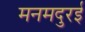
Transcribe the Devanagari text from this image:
मनमदुरई